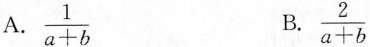
A. $$\frac { 1 } { a + b }$$ B. $$\frac { 2 } { a + b }$$